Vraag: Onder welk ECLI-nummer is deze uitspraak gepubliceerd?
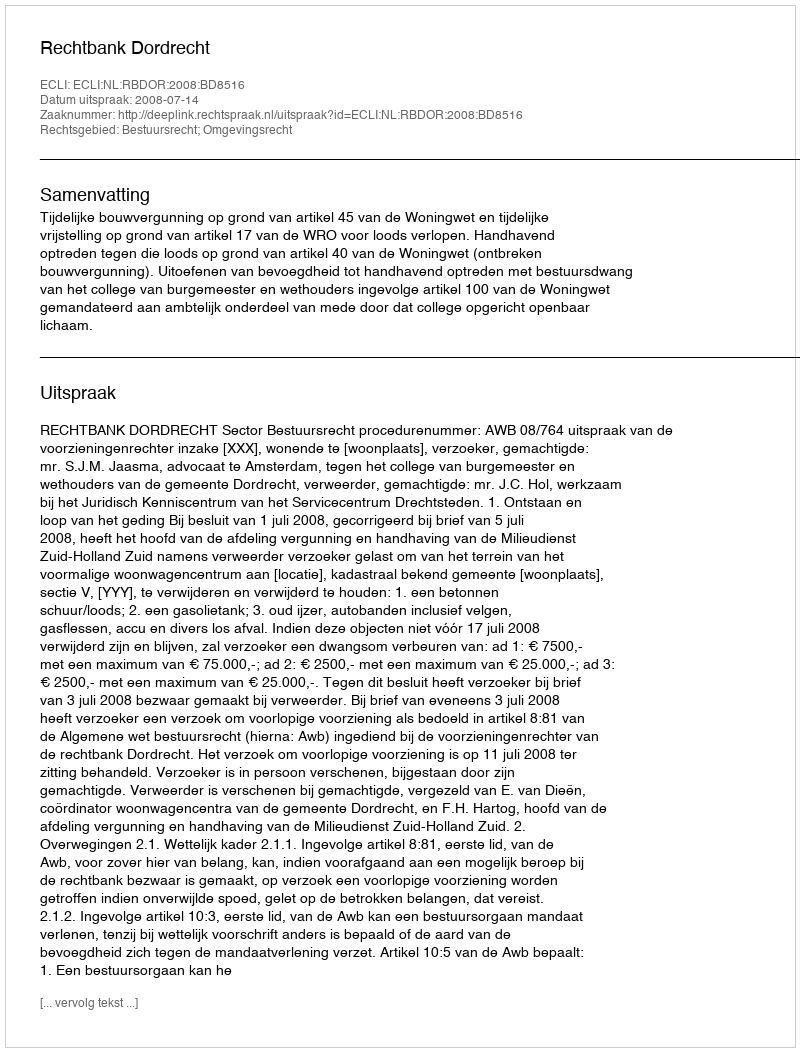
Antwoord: ECLI:NL:RBDOR:2008:BD8516